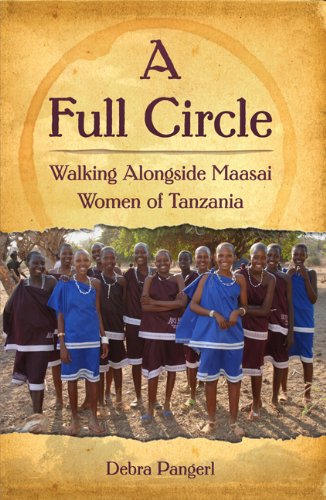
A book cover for A Full Circle: Walking Alongside Maasai Women of Tanzania; Debra Pangerl; Travel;